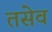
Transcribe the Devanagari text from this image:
तसेव